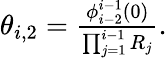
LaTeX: \begin{array}{r}{\theta_{i,2}=\frac{\phi_{i-2}^{i-1}(0)}{\prod_{j=1}^{i-1}R_{j}}.}\end{array}